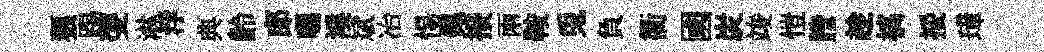
狼踢㕠淋浮典齡郎囑溪斌冶惕佩接兩鞍兎負衢國炭竣愷謄趁槁挼璋